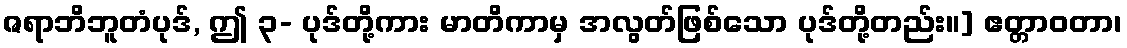
ဇရာဘိဘူတံပုဒ်, ဤ ၃- ပုဒ်တို့ကား မာတိကာမှ အလွတ်ဖြစ်သော ပုဒ်တို့တည်း။] ဧတ္တာဝတာ၊